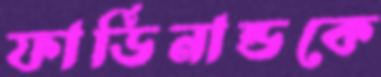
ফার্ডিনান্ডকে